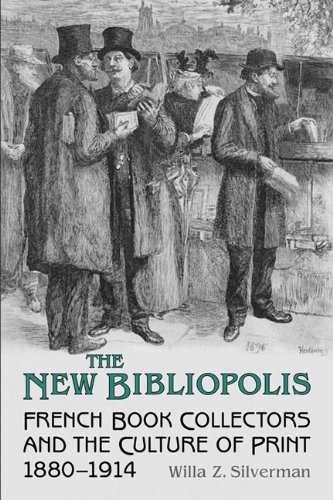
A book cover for The New Bibliopolis: French Book Collectors and the Culture of Print, 1880-1914 (Studies in Book and Print Culture); Willa Z. Silverman; Crafts, Hobbies & Home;